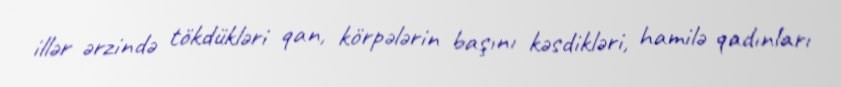
illər ərzində tökdükləri qan, körpələrin başını kəsdikləri, hamilə qadınları